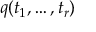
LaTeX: q ( t _ { 1 } , \dots , t _ { r } )